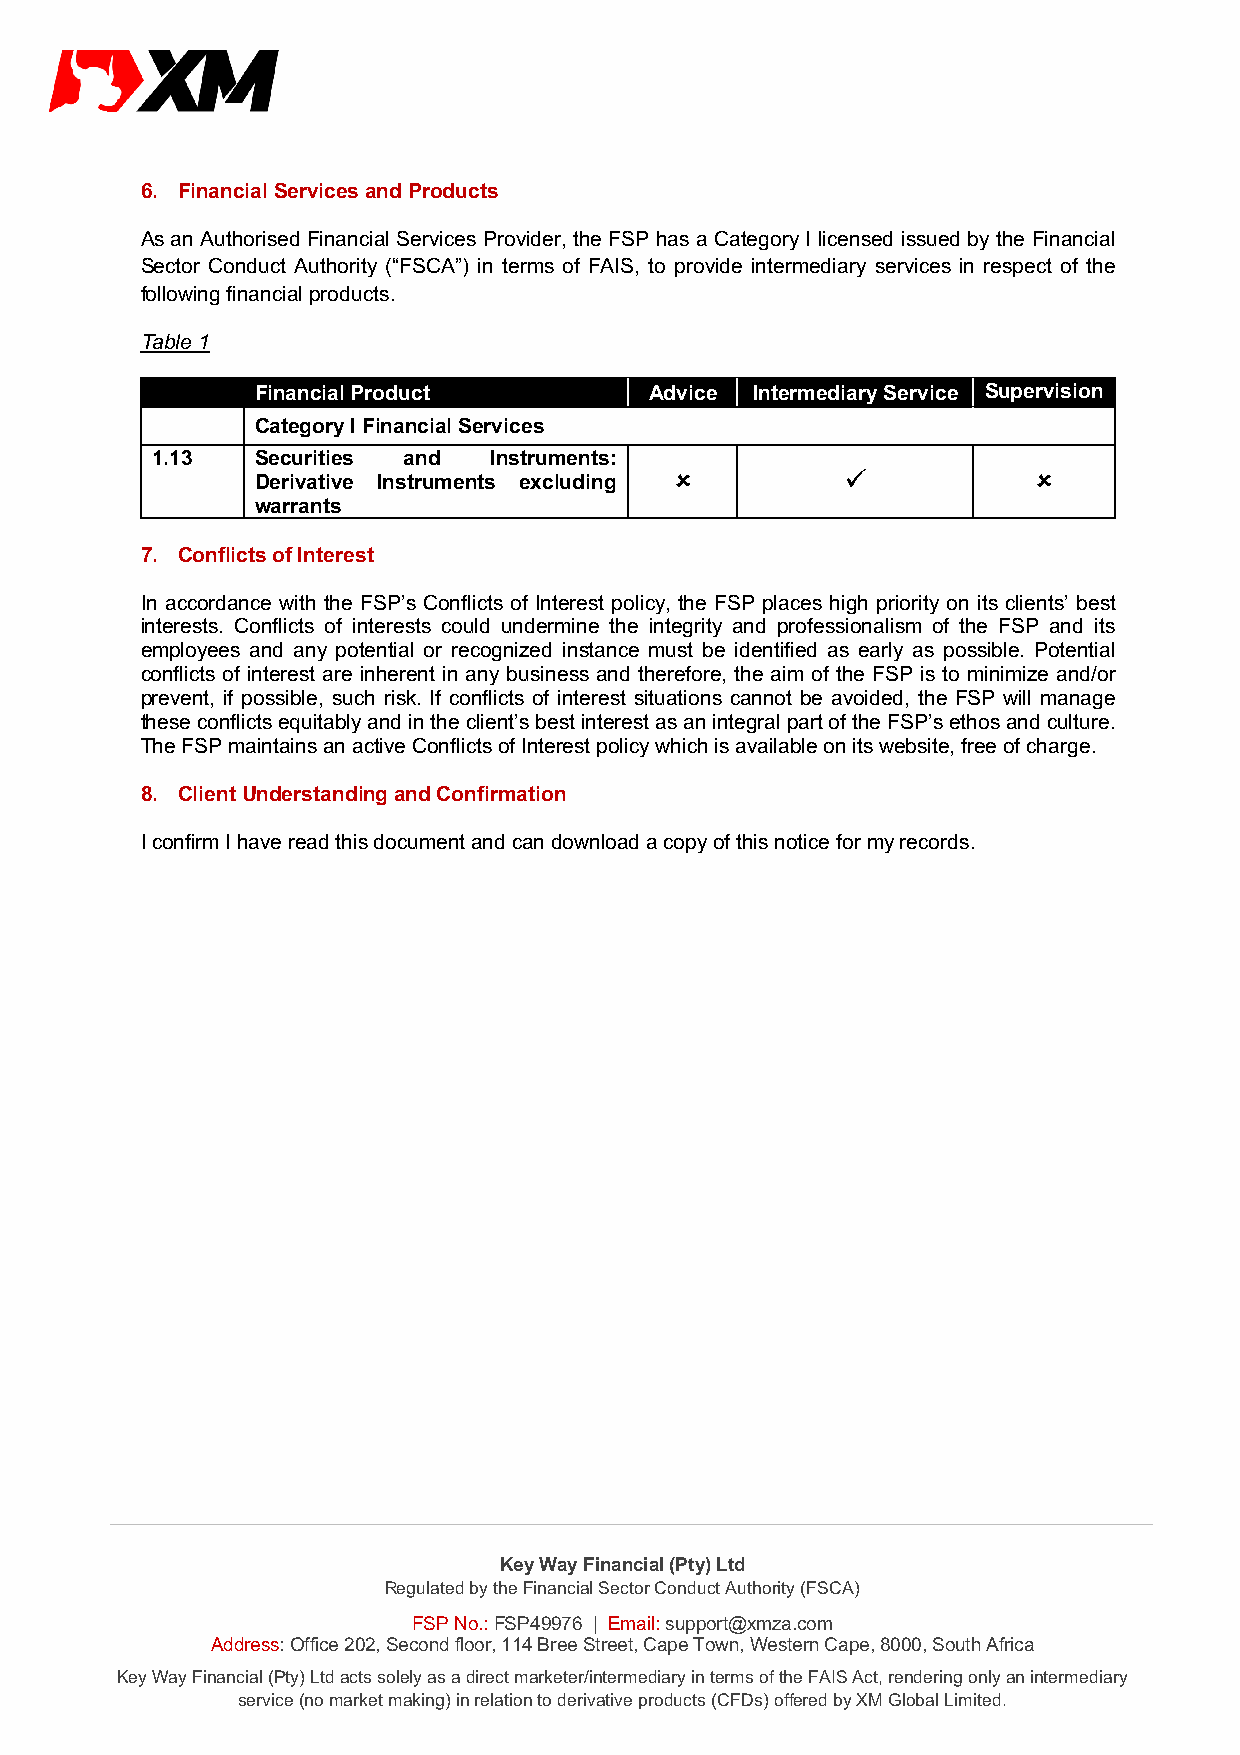
6. Financial Services and Products
 As an Authorised Financial Services Provider, the FSP has a Category I licensed issued by the Financial
 Sector Conduct Authority (“FSCA”) in terms of FAIS, to provide intermediary services in respect of the
 following financial products.
 Table 1
 Financial Product         Advice Intermediary Service Supervision
 Category I Financial Services
 1.13   Securities and Instruments:
 Derivative Instruments excluding û     ü            û
 warrants
 7. Conflicts of Interest
 In accordance with the FSP’s Conflicts of Interest policy, the FSP places high priority on its clients’ best
 interests. Conflicts of interests could undermine the integrity and professionalism of the FSP and its
 employees and any potential or recognized instance must be identified as early as possible. Potential
 conflicts of interest are inherent in any business and therefore, the aim of the FSP is to minimize and/or
 prevent, if possible, such risk. If conflicts of interest situations cannot be avoided, the FSP will manage
 these conflicts equitably and in the client’s best interest as an integral part of the FSP’s ethos and culture.
 The FSP maintains an active Conflicts of Interest policy which is available on its website, free of charge.
 8. Client Understanding and Confirmation
 I confirm I have read this document and can download a copy of this notice for my records.
 Key Way Financial (Pty) Ltd
 Regulated by the Financial Sector Conduct Authority (FSCA)
 FSP No.: FSP49976 | Email: support@xmza.com
 Address: Office 202, Second floor, 114 Bree Street, Cape Town, Western Cape, 8000, South Africa
 Key Way Financial (Pty) Ltd acts solely as a direct marketer/intermediary in terms of the FAIS Act, rendering only an intermediary
 service (no market making) in relation to derivative products (CFDs) offered by XM Global Limited.